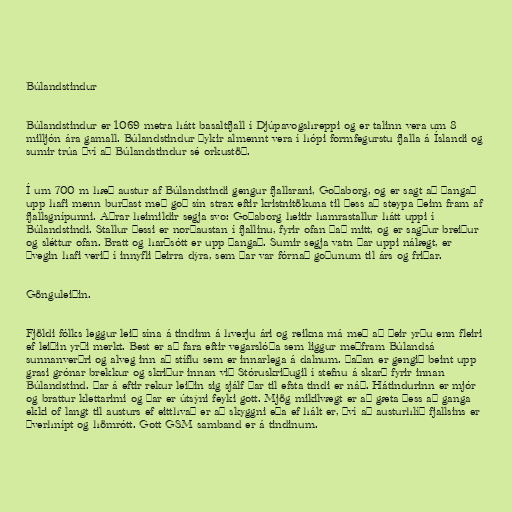
Búlandstindur

Búlandstindur er 1069 metra hátt basaltfjall í Djúpavogshreppi og er talinn vera um 8
milljón ára gamall. Búlandstindur þykir almennt vera í hópi formfegurstu fjalla á Íslandi og
sumir trúa því að Búlandstindur sé orkustöð.

Í um 700 m hæð austur af Búlandstindi gengur fjallsrani, Goðaborg, og er sagt að þangað
upp hafi menn burðast með goð sín strax eftir kristnitökuna til þess að steypa þeim fram af
fjallsgnípunni. Aðrar heimildir segja svo: Goðaborg heitir hamrastallur hátt uppi í
Búlandstindi. Stallur þessi er norðaustan í fjallinu, fyrir ofan það mitt, og er sagður breiður
og sléttur ofan. Bratt og harðsótt er upp þangað. Sumir segja vatn þar uppi nálægt, er
þvegin hafi verið í innyfli þeirra dýra, sem þar var fórnað goðunum til árs og friðar.

Gönguleiðin.

Fjöldi fólks leggur leið sína á tindinn á hverju ári og reikna má með að þeir yrðu enn fleiri
ef leiðin yrði merkt. Best er að fara eftir vegarslóða sem liggur meðfram Búlandsá
sunnanverðri og alveg inn að stíflu sem er innarlega á dalnum. Þaðan er gengið beint upp
grasi grónar brekkur og skriður innan við Stóruskriðugil í stefnu á skarð fyrir innan
Búlandstind. Þar á eftir rekur leiðin sig sjálf þar til efsta tindi er náð. Hátindurinn er mjór
og brattur klettarimi og þar er útsýni feyki gott. Mjög mikilvægt er að gæta þess að ganga
ekki of langt til austurs ef eitthvað er að skyggni eða ef hált er, því að austurhlíð fjallsins er
þverhnípt og hömrótt. Gott GSM samband er á tindinum.